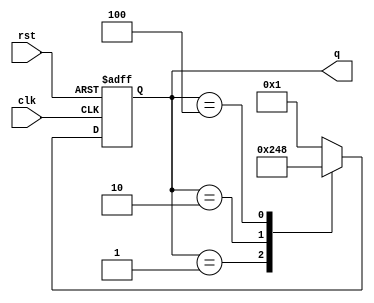
module ring_counter (
    input wire clk,
    input wire rst,
    output reg [3:0] q
);

reg [3:0] next_q;

always @ (posedge clk or posedge rst) begin
    if (rst) begin
        q <= 4'b0001;
    end else begin
        q <= next_q;
    end
end

always @ (*) begin
    case(q)
        4'b0001: next_q = 4'b0010;
        4'b0010: next_q = 4'b0100;
        4'b0100: next_q = 4'b1000;
        4'b1000: next_q = 4'b0001;
        default: next_q = 4'b0001;
    endcase
end

endmodule